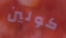
كولين